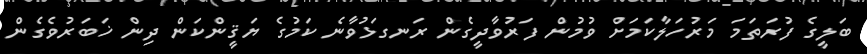
ބަލީގެ ފުރަތަމަ މަރުހަލާކަމަށް ވުމުން ފަރުވާދީގެން ރަނގަޅުވާނެ ކަމުގެ ޔަޤީންކަން ދިން ޚަބަރުވެގެން